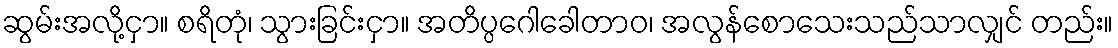
ဆွမ်းအလို့ငှာ။ စရိတုံ၊ သွားခြင်းငှာ။ အတိပ္ပဂေါခေါတာဝ၊ အလွန်စောသေးသည်သာလျှင် တည်း။